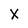
Character: x